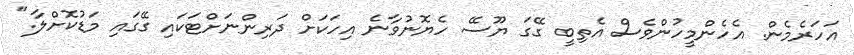
އަހަރެމެން. އެހެންމީހުންވެސް އެތިބީ ގޭގަ ޔޫސޭ ހެޔޮނުވާނެ އިހަކަށް ދަރިންނަށްޓަކައި ގޭގައި މަޑުކޮށްލާ."